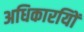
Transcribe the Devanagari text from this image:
अधिकारयिों